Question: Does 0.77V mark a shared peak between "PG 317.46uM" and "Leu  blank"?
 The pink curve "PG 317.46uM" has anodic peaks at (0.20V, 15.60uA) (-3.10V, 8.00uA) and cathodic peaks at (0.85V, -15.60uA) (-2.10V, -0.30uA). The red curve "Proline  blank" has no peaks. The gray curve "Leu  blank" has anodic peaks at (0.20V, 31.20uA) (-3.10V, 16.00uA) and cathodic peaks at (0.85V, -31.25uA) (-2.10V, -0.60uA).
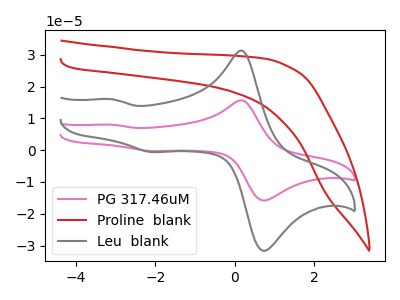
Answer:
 <answer>No, "PG 317.46uM" and "Leu  blank" dont share a peak at 0.77V.</answer>
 <eval>mismatch</eval>